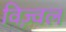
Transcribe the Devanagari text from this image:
विज़्वल